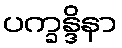
ပက္ခန္ဒိနာ